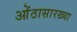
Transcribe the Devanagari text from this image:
ओंठासारख्या